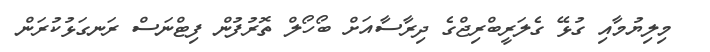
މިލިޔުމާއި ގުޅޭ ގެލަރީބްރިޖްގެ ދިރާސާއަށް ބޯހޯލް ތޮރުފުން ފިޓްނަސް ރަނގަޅުކުރަން